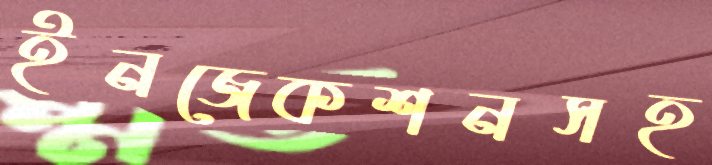
ইনজেকশনসহ